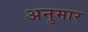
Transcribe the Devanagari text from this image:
अनुमार